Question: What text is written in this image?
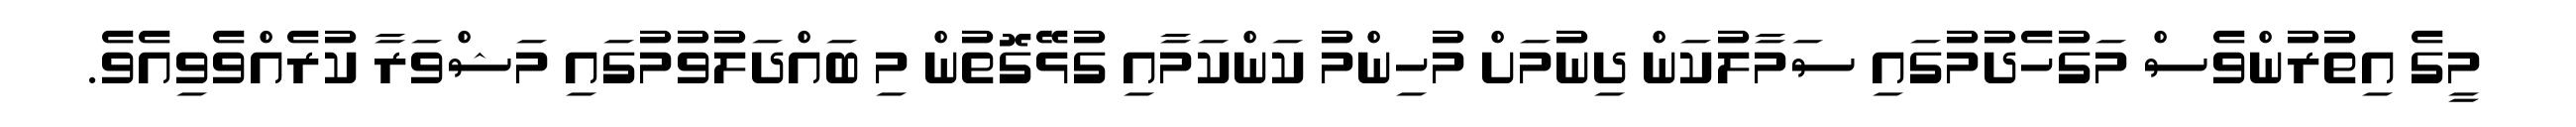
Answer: މީގެ އިތުރުންވެސް މަގުހެދުމުގައި ސަމާލުކަން ދިނުމަށް މުހިންމު ކަންކަމާއި ގުޅޭގޮތުން މި ބައްދަލުވުމުގައި މަޝްވަރާ ކުރެއްވެވިއެވެ.